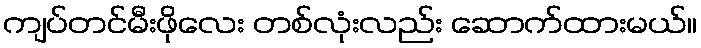
ကျပ်တင်မီးဖိုလေး တစ်လုံးလည်း ဆောက်ထားမယ်။